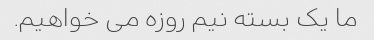
ما یک بسته نیم روزه می خواهیم.